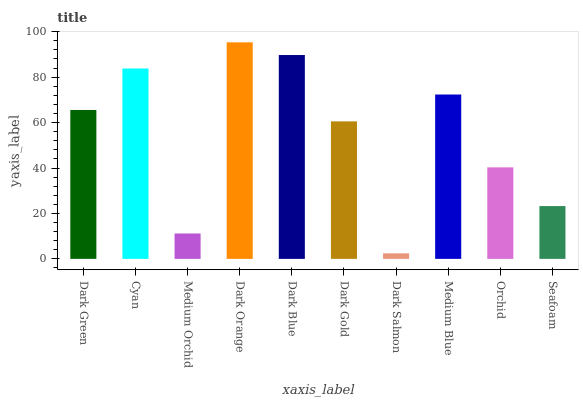
| xaxis_label | bars |
 | --- | --- |
 | Dark Green | 65.6 |
 | Cyan | 83.8 |
 | Medium Orchid | 11.2 |
 | Dark Orange | 95.3 |
 | Dark Blue | 89.7 |
 | Dark Gold | 60.5 |
 | Dark Salmon | 2.44 |
 | Medium Blue | 72.4 |
 | Orchid | 40.3 |
 | Seafoam | 23.2 |